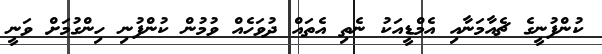
ކުންފުނީގެ ޗެއާމަނާއި އެމްޑީއަކު ނެތި އެތައް ދުވަހެއް ވުމުން ކުންފުނި ހިންގުމަށް ވަނީ